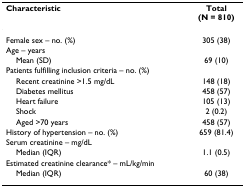
| Characteristic | Total(N = 810) |
 | --- | --- |
 | Female sex – no. (%) | 305 (38) |
 | Age – years |  |
 | Mean (SD) | 69 (10) |
 | Patients fulfilling inclusion criteria – no. (%) |  |
 | Recent creatinine >1.5 mg/dL | 148 (18) |
 | Diabetes mellitus | 458 (57) |
 | Heart failure | 105 (13) |
 | Shock | 2 (0.2) |
 | Aged >70 years | 458 (57) |
 | History of hypertension – no. (%) | 659 (81.4) |
 | Serum creatinine – mg/dL |  |
 | Median (IQR) | 1.1 (0.5) |
 | Estimated creatinine clearance* – mL/kg/min |  |
 | Median (IQR) | 60 (38) |